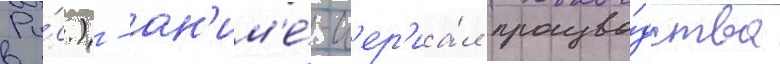
Ру́с.) - ан'им'е́-с'ер'иа́л произво́дства